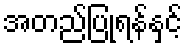
အတည်ပြုရန်နှင့်